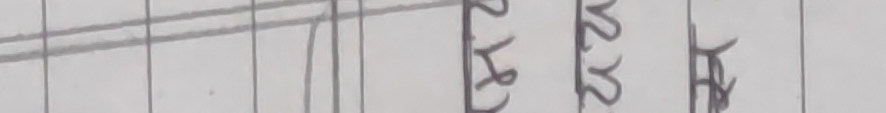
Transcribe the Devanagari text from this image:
२४२२ स